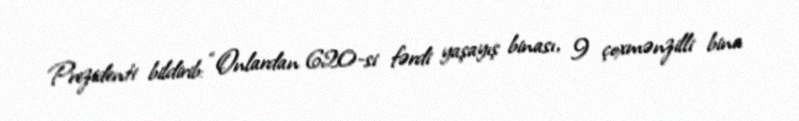
Prezidenti bildirib: “Onlardan 620-si fərdi yaşayış binası, 9 çoxmənzilli bina